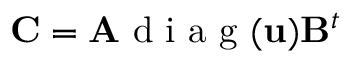
\mathbf { C } = \mathbf { A } \mathrm { ~ d ~ i ~ a ~ g ~ } ( \mathbf { u } ) \mathbf { B } ^ { t }